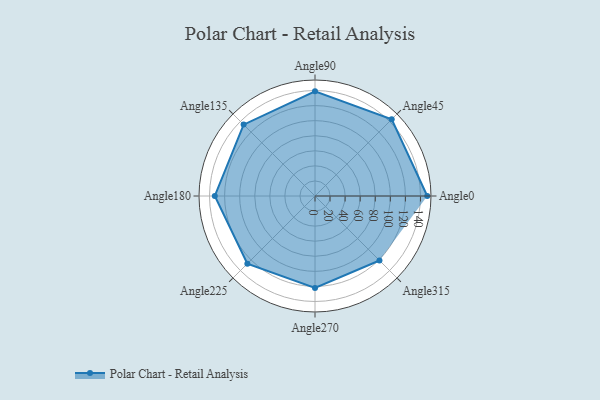
{"axis": {"x": "Angle", "y": "Radius"}, "legend": [""], "data": [{"x": "Angle0", "y": 149.0, "type": ""}, {"x": "Angle45", "y": 144.0, "type": ""}, {"x": "Angle90", "y": 139.0, "type": ""}, {"x": "Angle135", "y": 134.0, "type": ""}, {"x": "Angle180", "y": 133.0, "type": ""}, {"x": "Angle225", "y": 127.0, "type": ""}, {"x": "Angle270", "y": 122.0, "type": ""}, {"x": "Angle315", "y": 121.0, "type": ""}]}